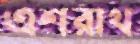
এশরাখ